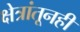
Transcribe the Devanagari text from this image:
क्षेत्रांतूनही